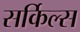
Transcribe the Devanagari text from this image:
सर्किल्स